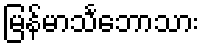
မြန်မာသင်္ဘောသား